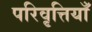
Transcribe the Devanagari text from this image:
परिवृत्तियाँ